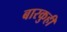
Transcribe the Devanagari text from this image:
बारकुही